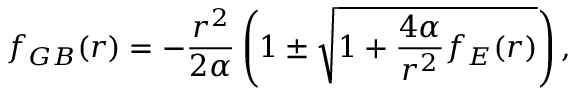
f _ { G B } ( r ) = - \frac { r ^ { 2 } } { 2 \alpha } \left( 1 \pm \sqrt { 1 + \frac { 4 \alpha } { r ^ { 2 } } f _ { E } ( r ) } \right) ,